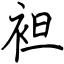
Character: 袒